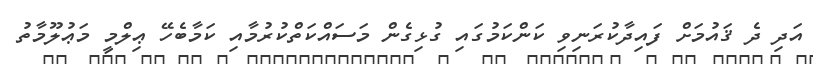
އަދި ދެ ޤައުމަށް ފައިދާކުރަނިވި ކަންކަމުގައި ގުޅިގެން މަސައްކަތްކުރުމާއި ކަމާބެހޭ ޢިލްމީ މަޢުލޫމާތު